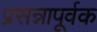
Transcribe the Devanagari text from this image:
प्रसन्नापूर्वक